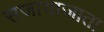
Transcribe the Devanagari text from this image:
सजायाजाता